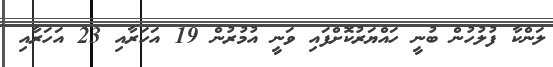
ލަންކާ ފުލުހުން ބުނީ ހައްޔަރުކޮށްފައި ވަނީ އުމުރުން 19 އަހަރާއި 23 އަހަރާއި